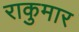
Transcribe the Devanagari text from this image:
राकुमार